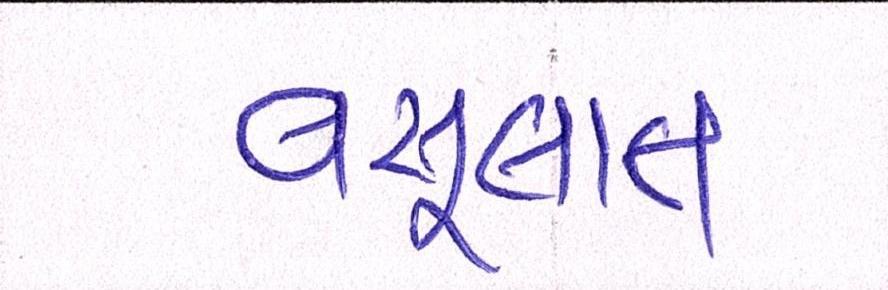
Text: વસૂલાત